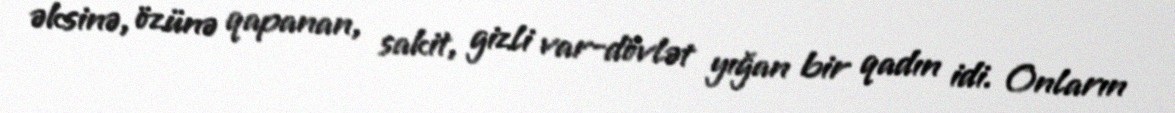
əksinə, özünə qapanan, sakit, gizli var-dövlət yığan bir qadın idi. Onların